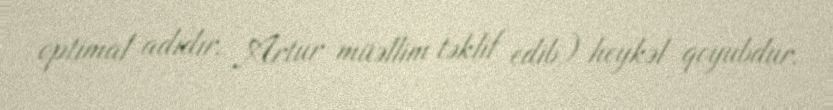
optimal adıdır, Artur müəllim təklif edib) heykəl qoyubdur.